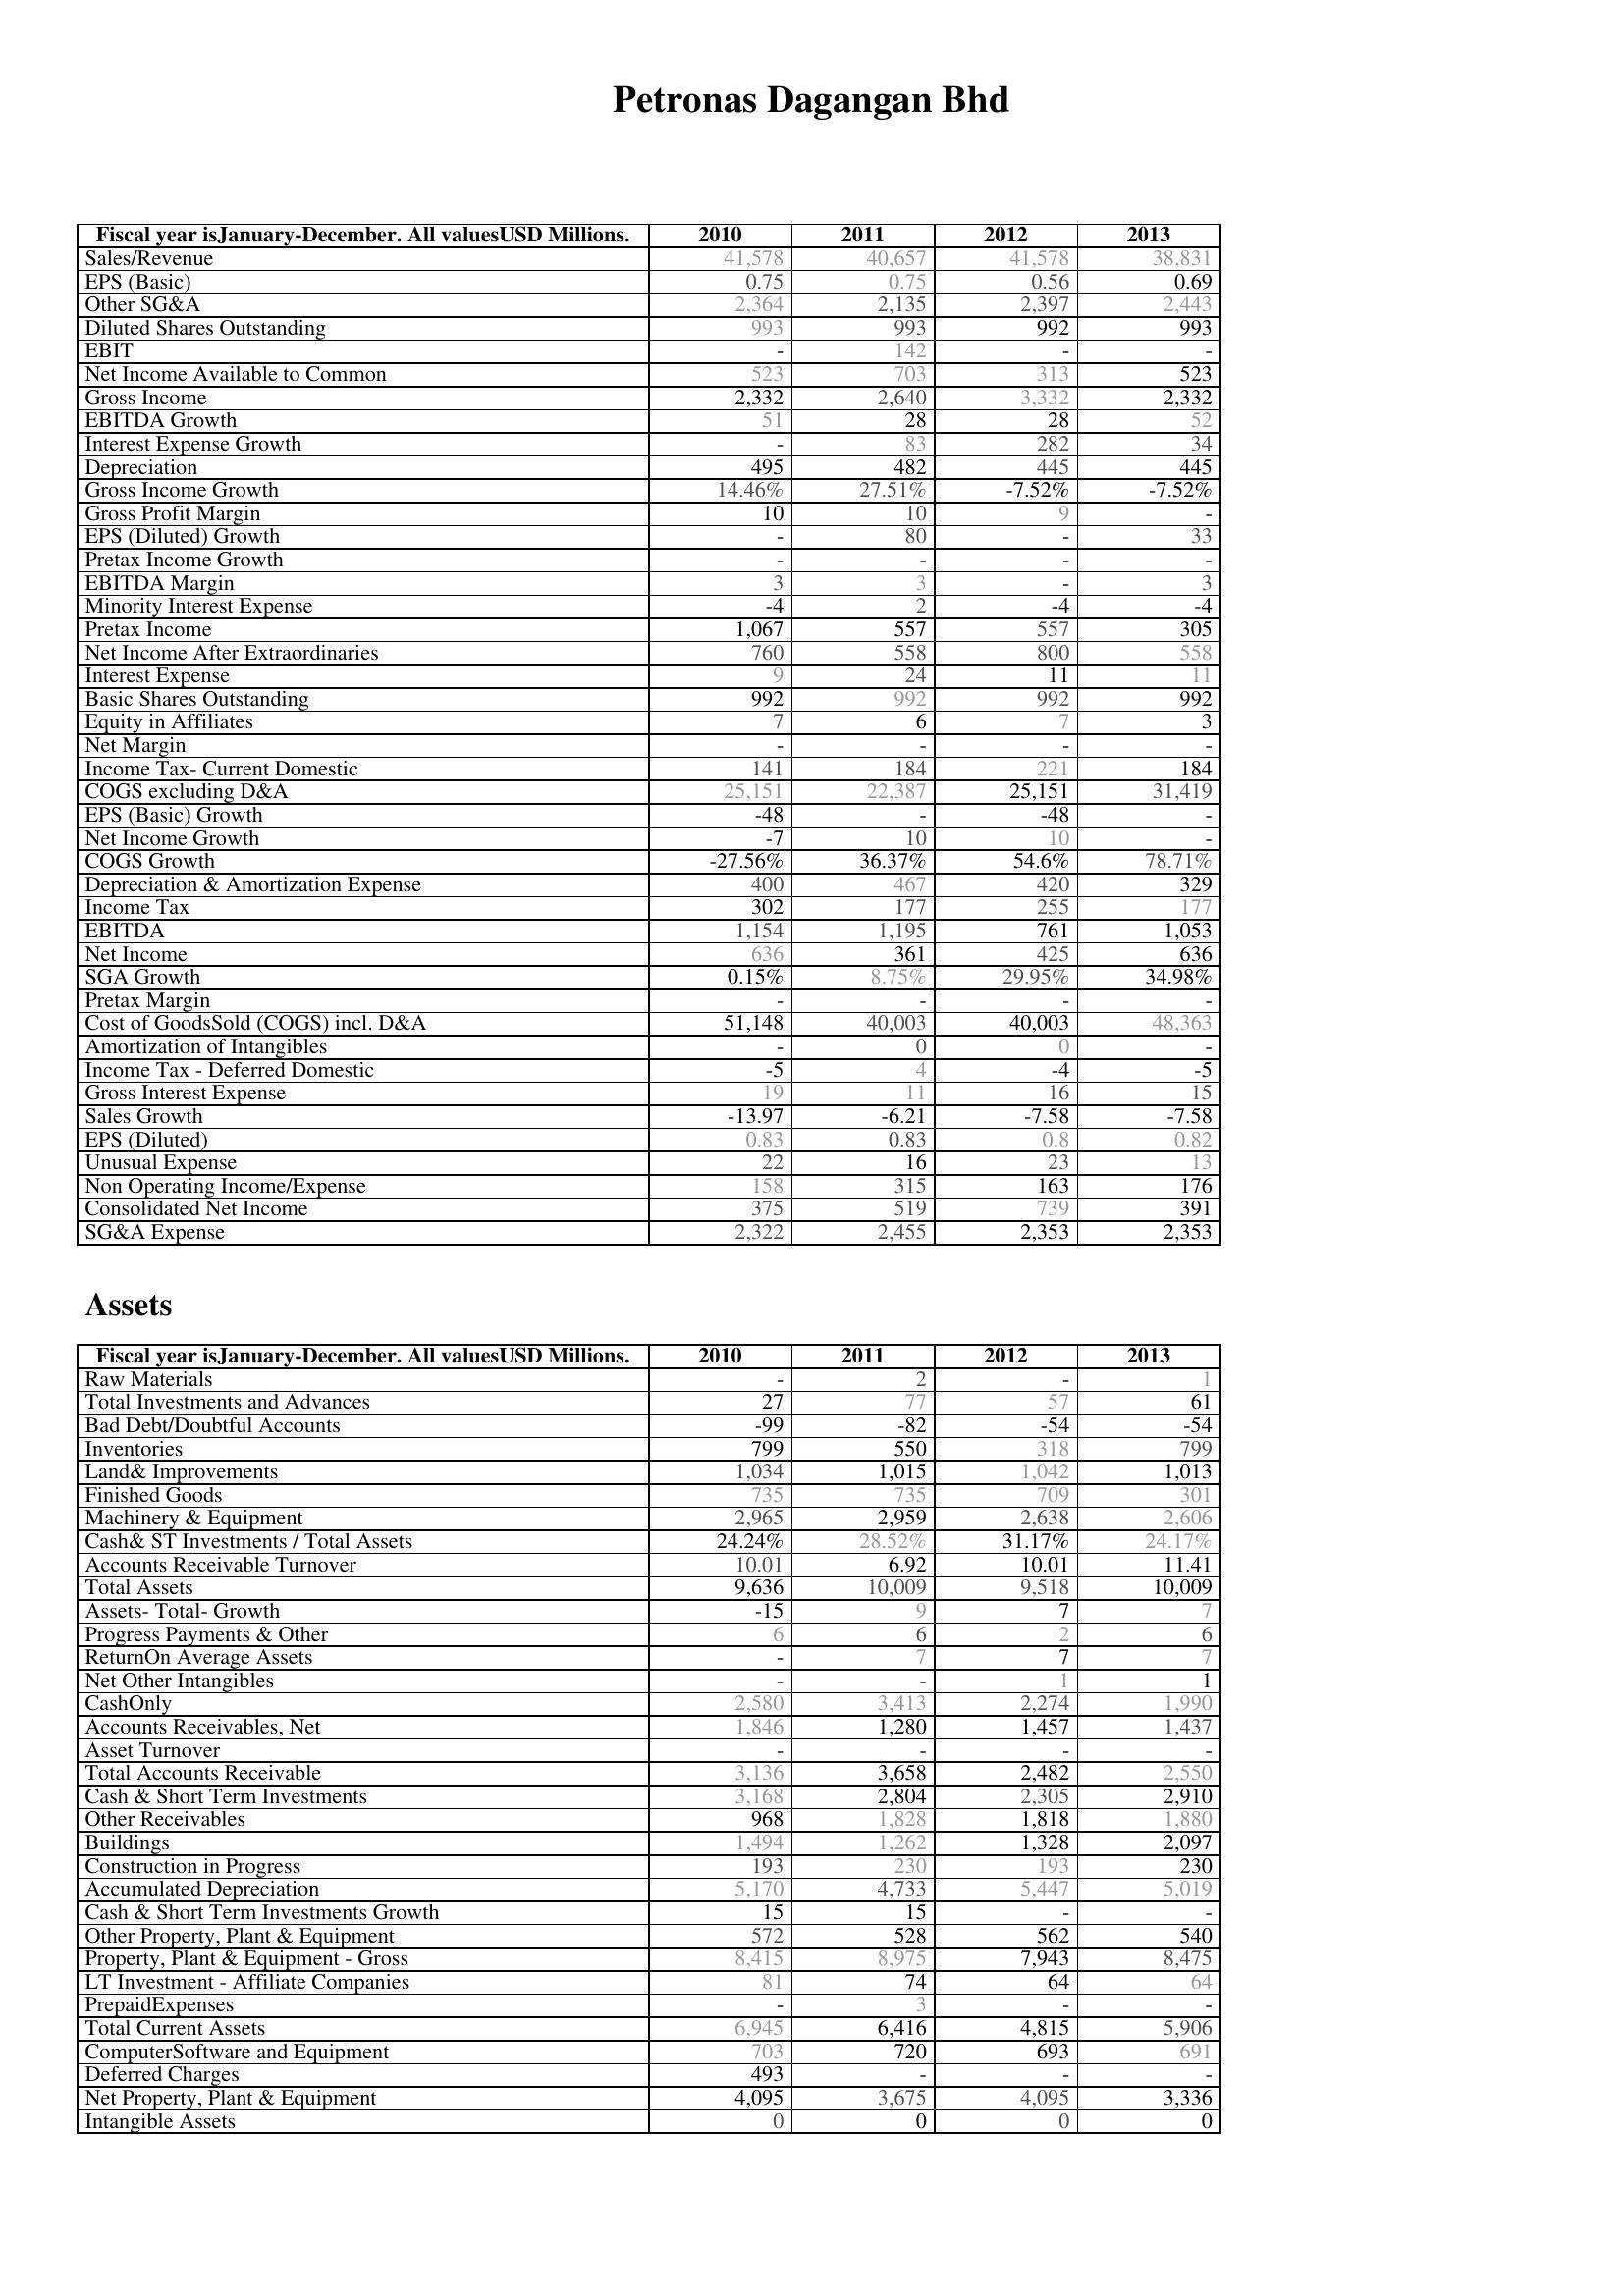
2010: : Sales/Revenue: 41,578
EPS (Basic): 0.75
Other SG&A: 2,364
Diluted Shares Outstanding: 993
EBIT: -
Net Income Available to Common: 523
Gross Income: 2,332
EBITDA Growth: 51
Interest Expense Growth: -
Depreciation: 495
Gross Income Growth: 14.46%
Gross Profit Margin: 10
EPS (Diluted) Growth: -
Pretax Income Growth: -
EBITDA Margin: 3
Minority Interest Expense: -4
Pretax Income: 1,067
Net Income After Extraordinaries: 760
Interest Expense: 9
Basic Shares Outstanding: 992
Equity in Affiliates: 7
Net Margin: -
Income Tax- Current Domestic: 141
COGS excluding D&A: 25,151
EPS (Basic) Growth: -48
Net Income Growth: -7
COGS Growth: -27.56%
Depreciation & Amortization Expense: 400
Income Tax: 302
EBITDA: 1,154
Net Income: 636
SGA Growth: 0.15%
Pretax Margin: -
Cost of GoodsSold (COGS) incl. D&A: 51,148
Amortization of Intangibles: -
Income Tax - Deferred Domestic: -5
Gross Interest Expense: 19
Sales Growth: -13.97
EPS (Diluted): 0.83
Unusual Expense: 22
Non Operating Income/Expense: 158
Consolidated Net Income: 375
SG&A Expense: 2,322
Assets: Raw Materials: -
Total Investments and Advances: 27
Bad Debt/Doubtful Accounts: -99
Inventories: 799
Land& Improvements: 1,034
Finished Goods: 735
Machinery & Equipment: 2,965
Cash& ST Investments / Total Assets: 24.24%
Accounts Receivable Turnover: 10.01
Total Assets: 9,636
Assets- Total- Growth: -15
Progress Payments & Other: 6
ReturnOn Average Assets: -
Net Other Intangibles: -
CashOnly: 2,580
Accounts Receivables, Net: 1,846
Asset Turnover: -
Total Accounts Receivable: 3,136
Cash & Short Term Investments: 3,168
Other Receivables: 968
Buildings: 1,494
Construction in Progress: 193
Accumulated Depreciation: 5,170
Cash & Short Term Investments Growth: 15
Other Property, Plant & Equipment: 572
Property, Plant & Equipment - Gross : 8,415
LT Investment - Affiliate Companies: 81
PrepaidExpenses: -
Total Current Assets: 6,945
ComputerSoftware and Equipment: 703
Deferred Charges: 493
Net Property, Plant & Equipment: 4,095
Intangible Assets: 0
2011: : Sales/Revenue: 40,657
EPS (Basic): 0.75
Other SG&A: 2,135
Diluted Shares Outstanding: 993
EBIT: 142
Net Income Available to Common: 703
Gross Income: 2,640
EBITDA Growth: 28
Interest Expense Growth: 83
Depreciation: 482
Gross Income Growth: 27.51%
Gross Profit Margin: 10
EPS (Diluted) Growth: 80
Pretax Income Growth: -
EBITDA Margin: 3
Minority Interest Expense: 2
Pretax Income: 557
Net Income After Extraordinaries: 558
Interest Expense: 24
Basic Shares Outstanding: 992
Equity in Affiliates: 6
Net Margin: -
Income Tax- Current Domestic: 184
COGS excluding D&A: 22,387
EPS (Basic) Growth: -
Net Income Growth: 10
COGS Growth: 36.37%
Depreciation & Amortization Expense: 467
Income Tax: 177
EBITDA: 1,195
Net Income: 361
SGA Growth: 8.75%
Pretax Margin: -
Cost of GoodsSold (COGS) incl. D&A: 40,003
Amortization of Intangibles: 0
Income Tax - Deferred Domestic: 4
Gross Interest Expense: 11
Sales Growth: -6.21
EPS (Diluted): 0.83
Unusual Expense: 16
Non Operating Income/Expense: 315
Consolidated Net Income: 519
SG&A Expense: 2,455
Assets: Raw Materials: 2
Total Investments and Advances: 77
Bad Debt/Doubtful Accounts: -82
Inventories: 550
Land& Improvements: 1,015
Finished Goods: 735
Machinery & Equipment: 2,959
Cash& ST Investments / Total Assets: 28.52%
Accounts Receivable Turnover: 6.92
Total Assets: 10,009
Assets- Total- Growth: 9
Progress Payments & Other: 6
ReturnOn Average Assets: 7
Net Other Intangibles: -
CashOnly: 3,413
Accounts Receivables, Net: 1,280
Asset Turnover: -
Total Accounts Receivable: 3,658
Cash & Short Term Investments: 2,804
Other Receivables: 1,828
Buildings: 1,262
Construction in Progress: 230
Accumulated Depreciation: 4,733
Cash & Short Term Investments Growth: 15
Other Property, Plant & Equipment: 528
Property, Plant & Equipment - Gross : 8,975
LT Investment - Affiliate Companies: 74
PrepaidExpenses: 3
Total Current Assets: 6,416
ComputerSoftware and Equipment: 720
Deferred Charges: -
Net Property, Plant & Equipment: 3,675
Intangible Assets: 0
2012: : Sales/Revenue: 41,578
EPS (Basic): 0.56
Other SG&A: 2,397
Diluted Shares Outstanding: 992
EBIT: -
Net Income Available to Common: 313
Gross Income: 3,332
EBITDA Growth: 28
Interest Expense Growth: 282
Depreciation: 445
Gross Income Growth: -7.52%
Gross Profit Margin: 9
EPS (Diluted) Growth: -
Pretax Income Growth: -
EBITDA Margin: -
Minority Interest Expense: -4
Pretax Income: 557
Net Income After Extraordinaries: 800
Interest Expense: 11
Basic Shares Outstanding: 992
Equity in Affiliates: 7
Net Margin: -
Income Tax- Current Domestic: 221
COGS excluding D&A: 25,151
EPS (Basic) Growth: -48
Net Income Growth: 10
COGS Growth: 54.6%
Depreciation & Amortization Expense: 420
Income Tax: 255
EBITDA: 761
Net Income: 425
SGA Growth: 29.95%
Pretax Margin: -
Cost of GoodsSold (COGS) incl. D&A: 40,003
Amortization of Intangibles: 0
Income Tax - Deferred Domestic: -4
Gross Interest Expense: 16
Sales Growth: -7.58
EPS (Diluted): 0.8
Unusual Expense: 23
Non Operating Income/Expense: 163
Consolidated Net Income: 739
SG&A Expense: 2,353
Assets: Raw Materials: -
Total Investments and Advances: 57
Bad Debt/Doubtful Accounts: -54
Inventories: 318
Land& Improvements: 1,042
Finished Goods: 709
Machinery & Equipment: 2,638
Cash& ST Investments / Total Assets: 31.17%
Accounts Receivable Turnover: 10.01
Total Assets: 9,518
Assets- Total- Growth: 7
Progress Payments & Other: 2
ReturnOn Average Assets: 7
Net Other Intangibles: 1
CashOnly: 2,274
Accounts Receivables, Net: 1,457
Asset Turnover: -
Total Accounts Receivable: 2,482
Cash & Short Term Investments: 2,305
Other Receivables: 1,818
Buildings: 1,328
Construction in Progress: 193
Accumulated Depreciation: 5,447
Cash & Short Term Investments Growth: -
Other Property, Plant & Equipment: 562
Property, Plant & Equipment - Gross : 7,943
LT Investment - Affiliate Companies: 64
PrepaidExpenses: -
Total Current Assets: 4,815
ComputerSoftware and Equipment: 693
Deferred Charges: -
Net Property, Plant & Equipment: 4,095
Intangible Assets: 0
2013: : Sales/Revenue: 38,831
EPS (Basic): 0.69
Other SG&A: 2,443
Diluted Shares Outstanding: 993
EBIT: -
Net Income Available to Common: 523
Gross Income: 2,332
EBITDA Growth: 52
Interest Expense Growth: 34
Depreciation: 445
Gross Income Growth: -7.52%
Gross Profit Margin: -
EPS (Diluted) Growth: 33
Pretax Income Growth: -
EBITDA Margin: 3
Minority Interest Expense: -4
Pretax Income: 305
Net Income After Extraordinaries: 558
Interest Expense: 11
Basic Shares Outstanding: 992
Equity in Affiliates: 3
Net Margin: -
Income Tax- Current Domestic: 184
COGS excluding D&A: 31,419
EPS (Basic) Growth: -
Net Income Growth: -
COGS Growth: 78.71%
Depreciation & Amortization Expense: 329
Income Tax: 177
EBITDA: 1,053
Net Income: 636
SGA Growth: 34.98%
Pretax Margin: -
Cost of GoodsSold (COGS) incl. D&A: 48,363
Amortization of Intangibles: -
Income Tax - Deferred Domestic: -5
Gross Interest Expense: 15
Sales Growth: -7.58
EPS (Diluted): 0.82
Unusual Expense: 13
Non Operating Income/Expense: 176
Consolidated Net Income: 391
SG&A Expense: 2,353
Assets: Raw Materials: 1
Total Investments and Advances: 61
Bad Debt/Doubtful Accounts: -54
Inventories: 799
Land& Improvements: 1,013
Finished Goods: 301
Machinery & Equipment: 2,606
Cash& ST Investments / Total Assets: 24.17%
Accounts Receivable Turnover: 11.41
Total Assets: 10,009
Assets- Total- Growth: 7
Progress Payments & Other: 6
ReturnOn Average Assets: 7
Net Other Intangibles: 1
CashOnly: 1,990
Accounts Receivables, Net: 1,437
Asset Turnover: -
Total Accounts Receivable: 2,550
Cash & Short Term Investments: 2,910
Other Receivables: 1,880
Buildings: 2,097
Construction in Progress: 230
Accumulated Depreciation: 5,019
Cash & Short Term Investments Growth: -
Other Property, Plant & Equipment: 540
Property, Plant & Equipment - Gross : 8,475
LT Investment - Affiliate Companies: 64
PrepaidExpenses: -
Total Current Assets: 5,906
ComputerSoftware and Equipment: 691
Deferred Charges: -
Net Property, Plant & Equipment: 3,336
Intangible Assets: 0